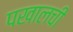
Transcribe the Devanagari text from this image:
पखालची